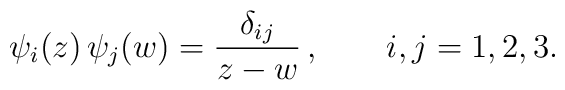
\psi_i (z) \, \psi_j (w)=\frac{\delta_{i j}}{z-w} \, ,\qquad i,j = 1,2,3.